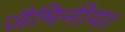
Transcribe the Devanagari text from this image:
जैमिनीय।